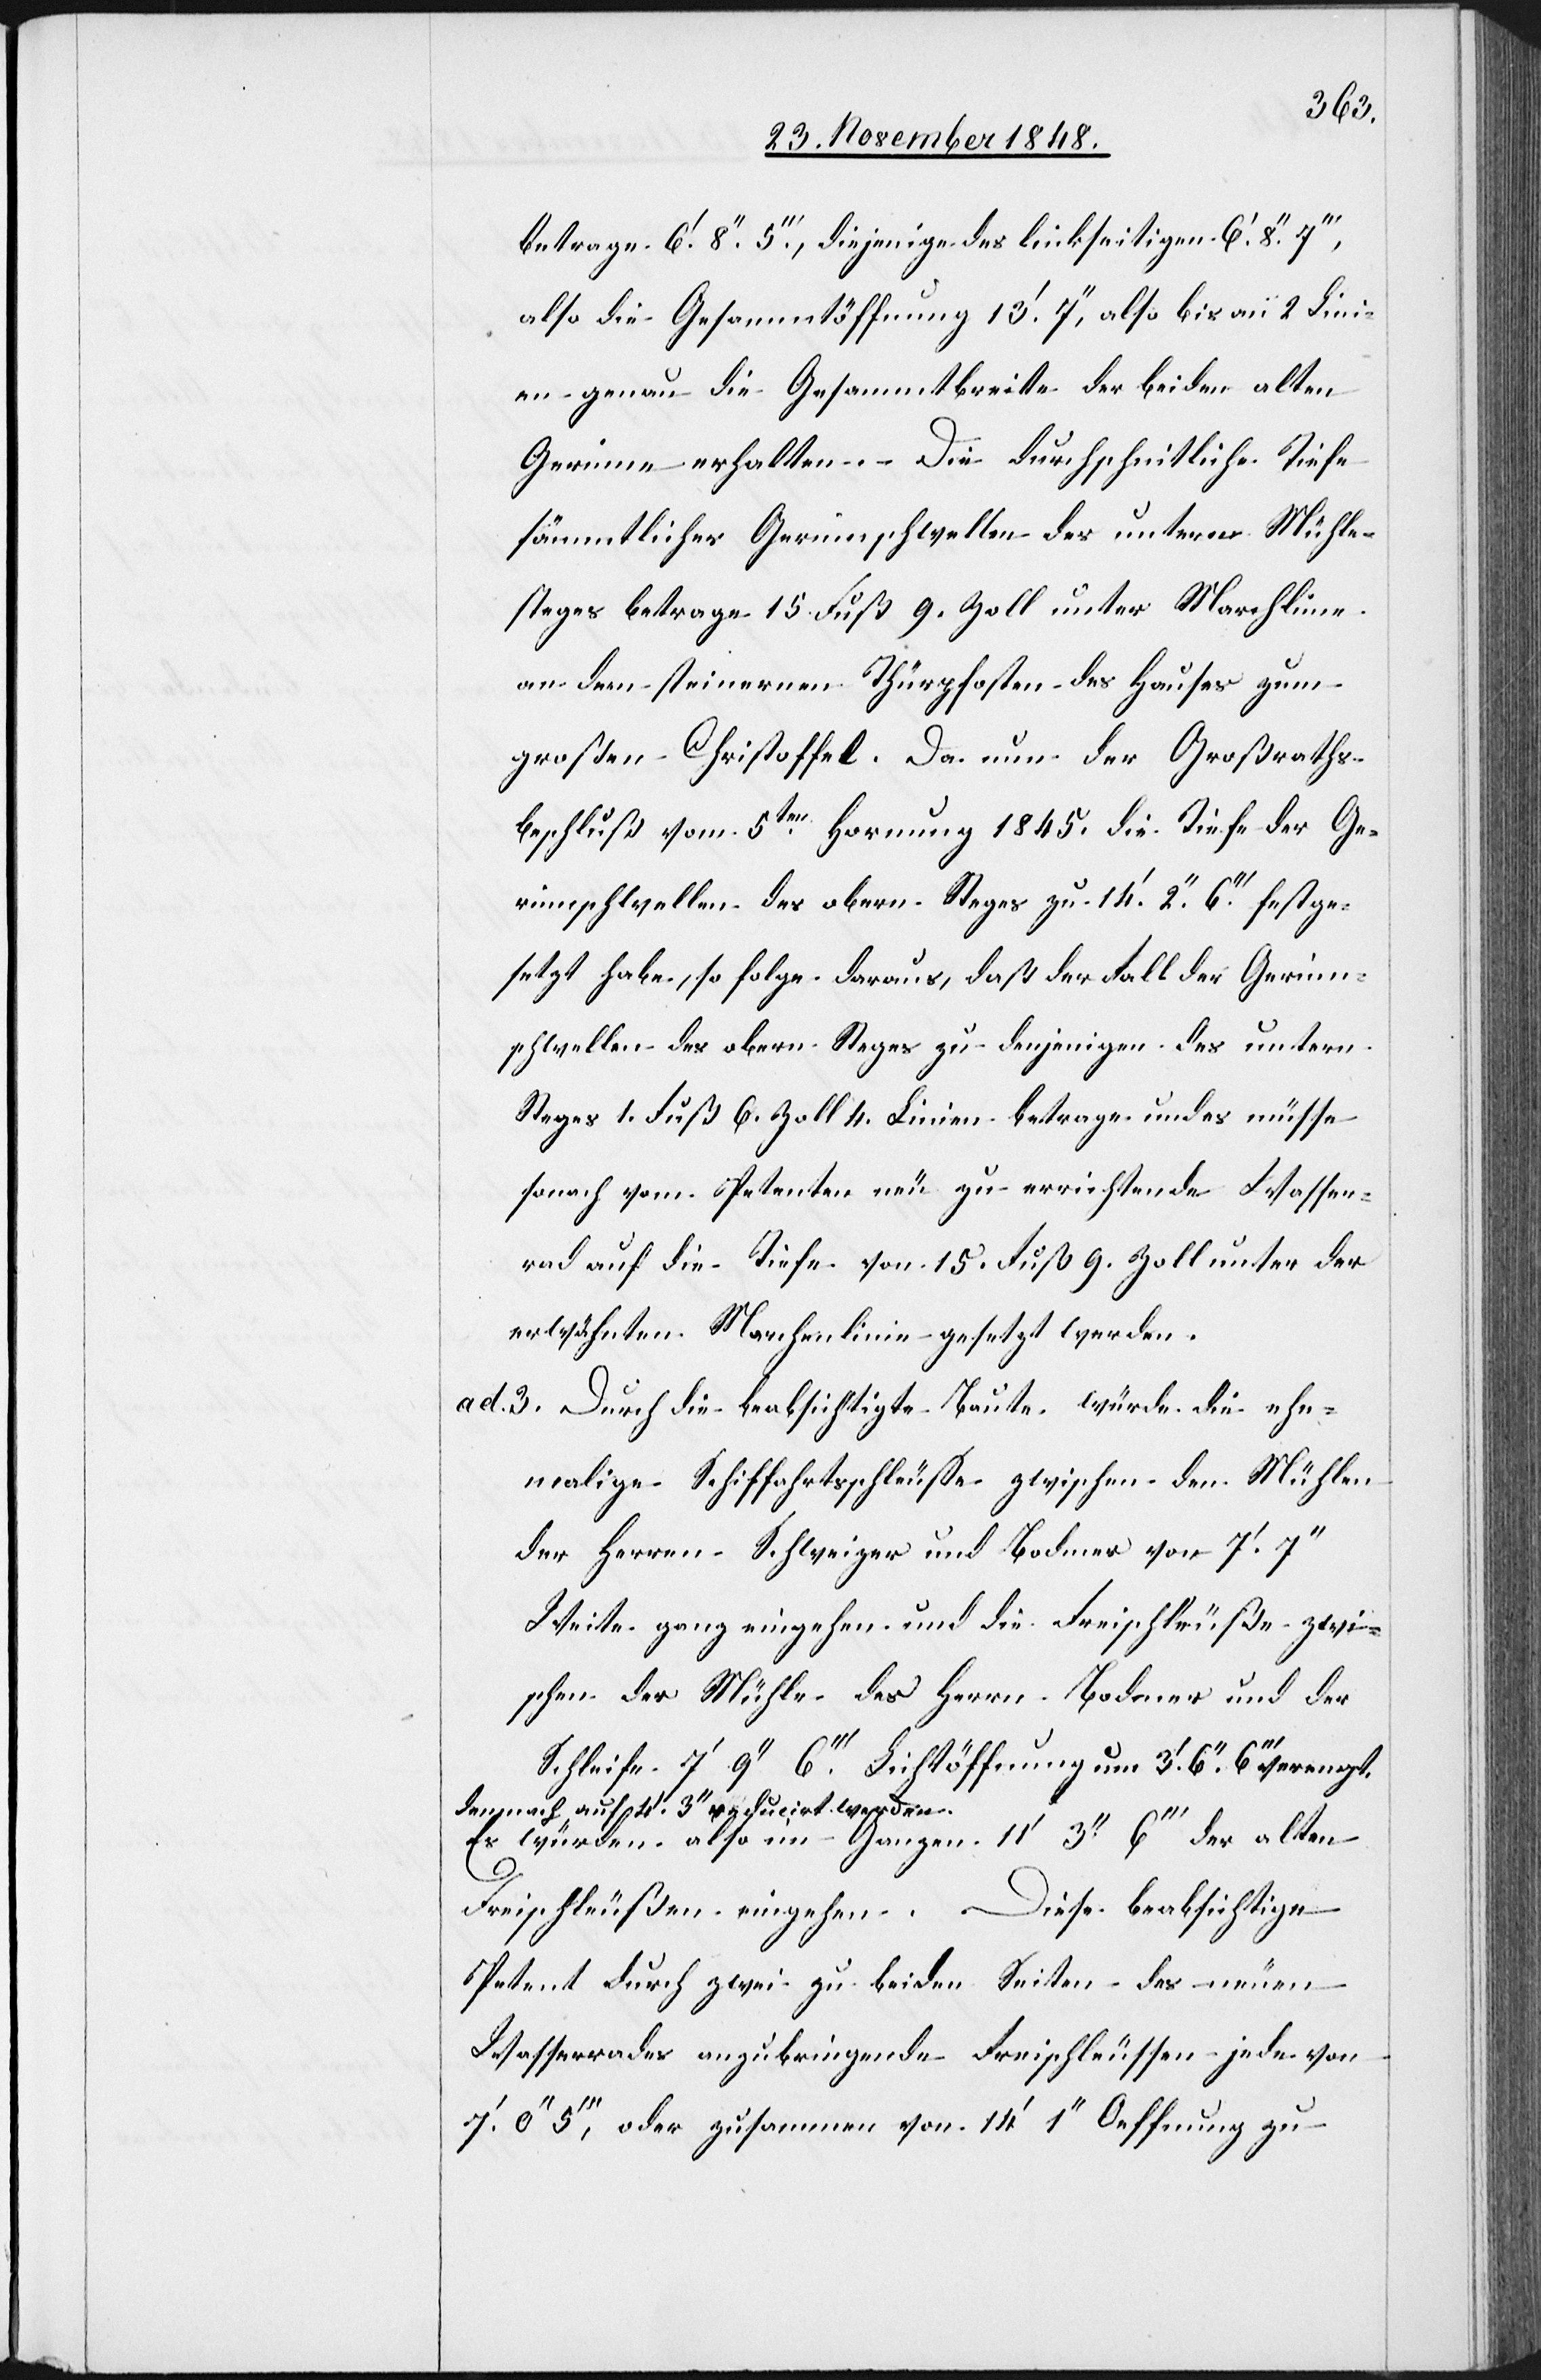
3’.
also die Gesammtöffnung 13’. 7’’, [werde] also bis
Linien genau die Gesammtbreite der beiden alten
Gerinne erhalten. Die durchschnitliche Tiefe
sämmtlicher Gerinnschwellen des untern Mühle¬
steges betrage 15 Fuß 9. Zoll unter Marchlinie
an dem steinernen Thürpfosten des Hauses zum
großen Christoffel. Da nun der Großraths¬
beschluß vom 5ten Hornung 1845. die Tiefe der Ge¬
rinnschwellen des obern Steges zu 14’. 2’’. 6’’’. festge¬
setzt habe, so folge daraus, daß der Fall der Gerinn¬
schwellen des obern Steges zu denjenigen des untern
Steges 1. Fuß 6. Zoll 4. Linien betrage und es müsse
[das] vom Petenten neu zu errichtende Wasser¬
rad auf die Tiefe von 15. Fuß 9. Zoll unter der
erwähnten Marchenlinie gesetzt werden.
ad. 3. Durch die beabsichtigte Baute würde die ehe¬
malige Schiffahrtsschleusse zwischen den Mühlen
der Herren Schweizer und Bodmer von 7’. 7’’
Weite ganz eingehen und die Freischleuße zwi¬
schen der Mühle des Herrn Bodmer und der
demnach auf 4’. 3’’ reducirt werden.
Es würden also im Ganzen 11’ 3’’ 6’’’ der alten
Freischleußen eingehen. Diese beabsichtige
Petent durch zwei zu beiden Seiten des neuen
Wasserrades anzubringende Freischleussen jede von
0’’ 5’’’, oder zusammen von 14’ 1’’ Oeffnung zu